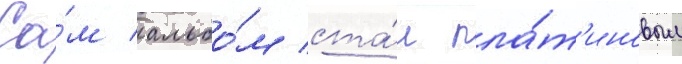
Са́м альбо́м ста́л пла́т'иновым